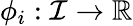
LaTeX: \phi_{i}:\mathcal{I}\to\mathbb{R}